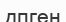
дпген